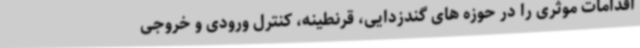
اقدامات موثری را در حوزه های گندزدایی، قرنطینه، کنترل ورودی و خروجی